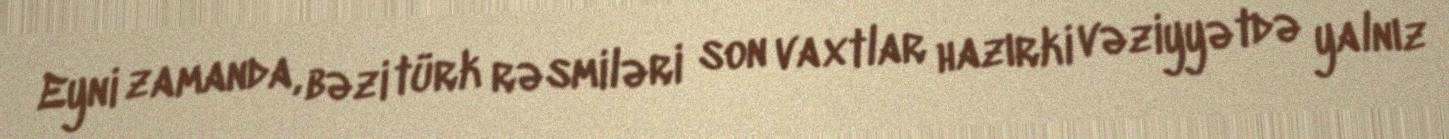
Eyni zamanda, bəzi türk rəsmiləri son vaxtlar hazırki vəziyyətdə yalnız